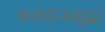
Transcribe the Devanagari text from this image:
फलंदाजसुद्धा